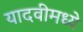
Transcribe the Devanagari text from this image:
यादवीमध्ये